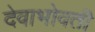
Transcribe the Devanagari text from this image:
देवाभोवती